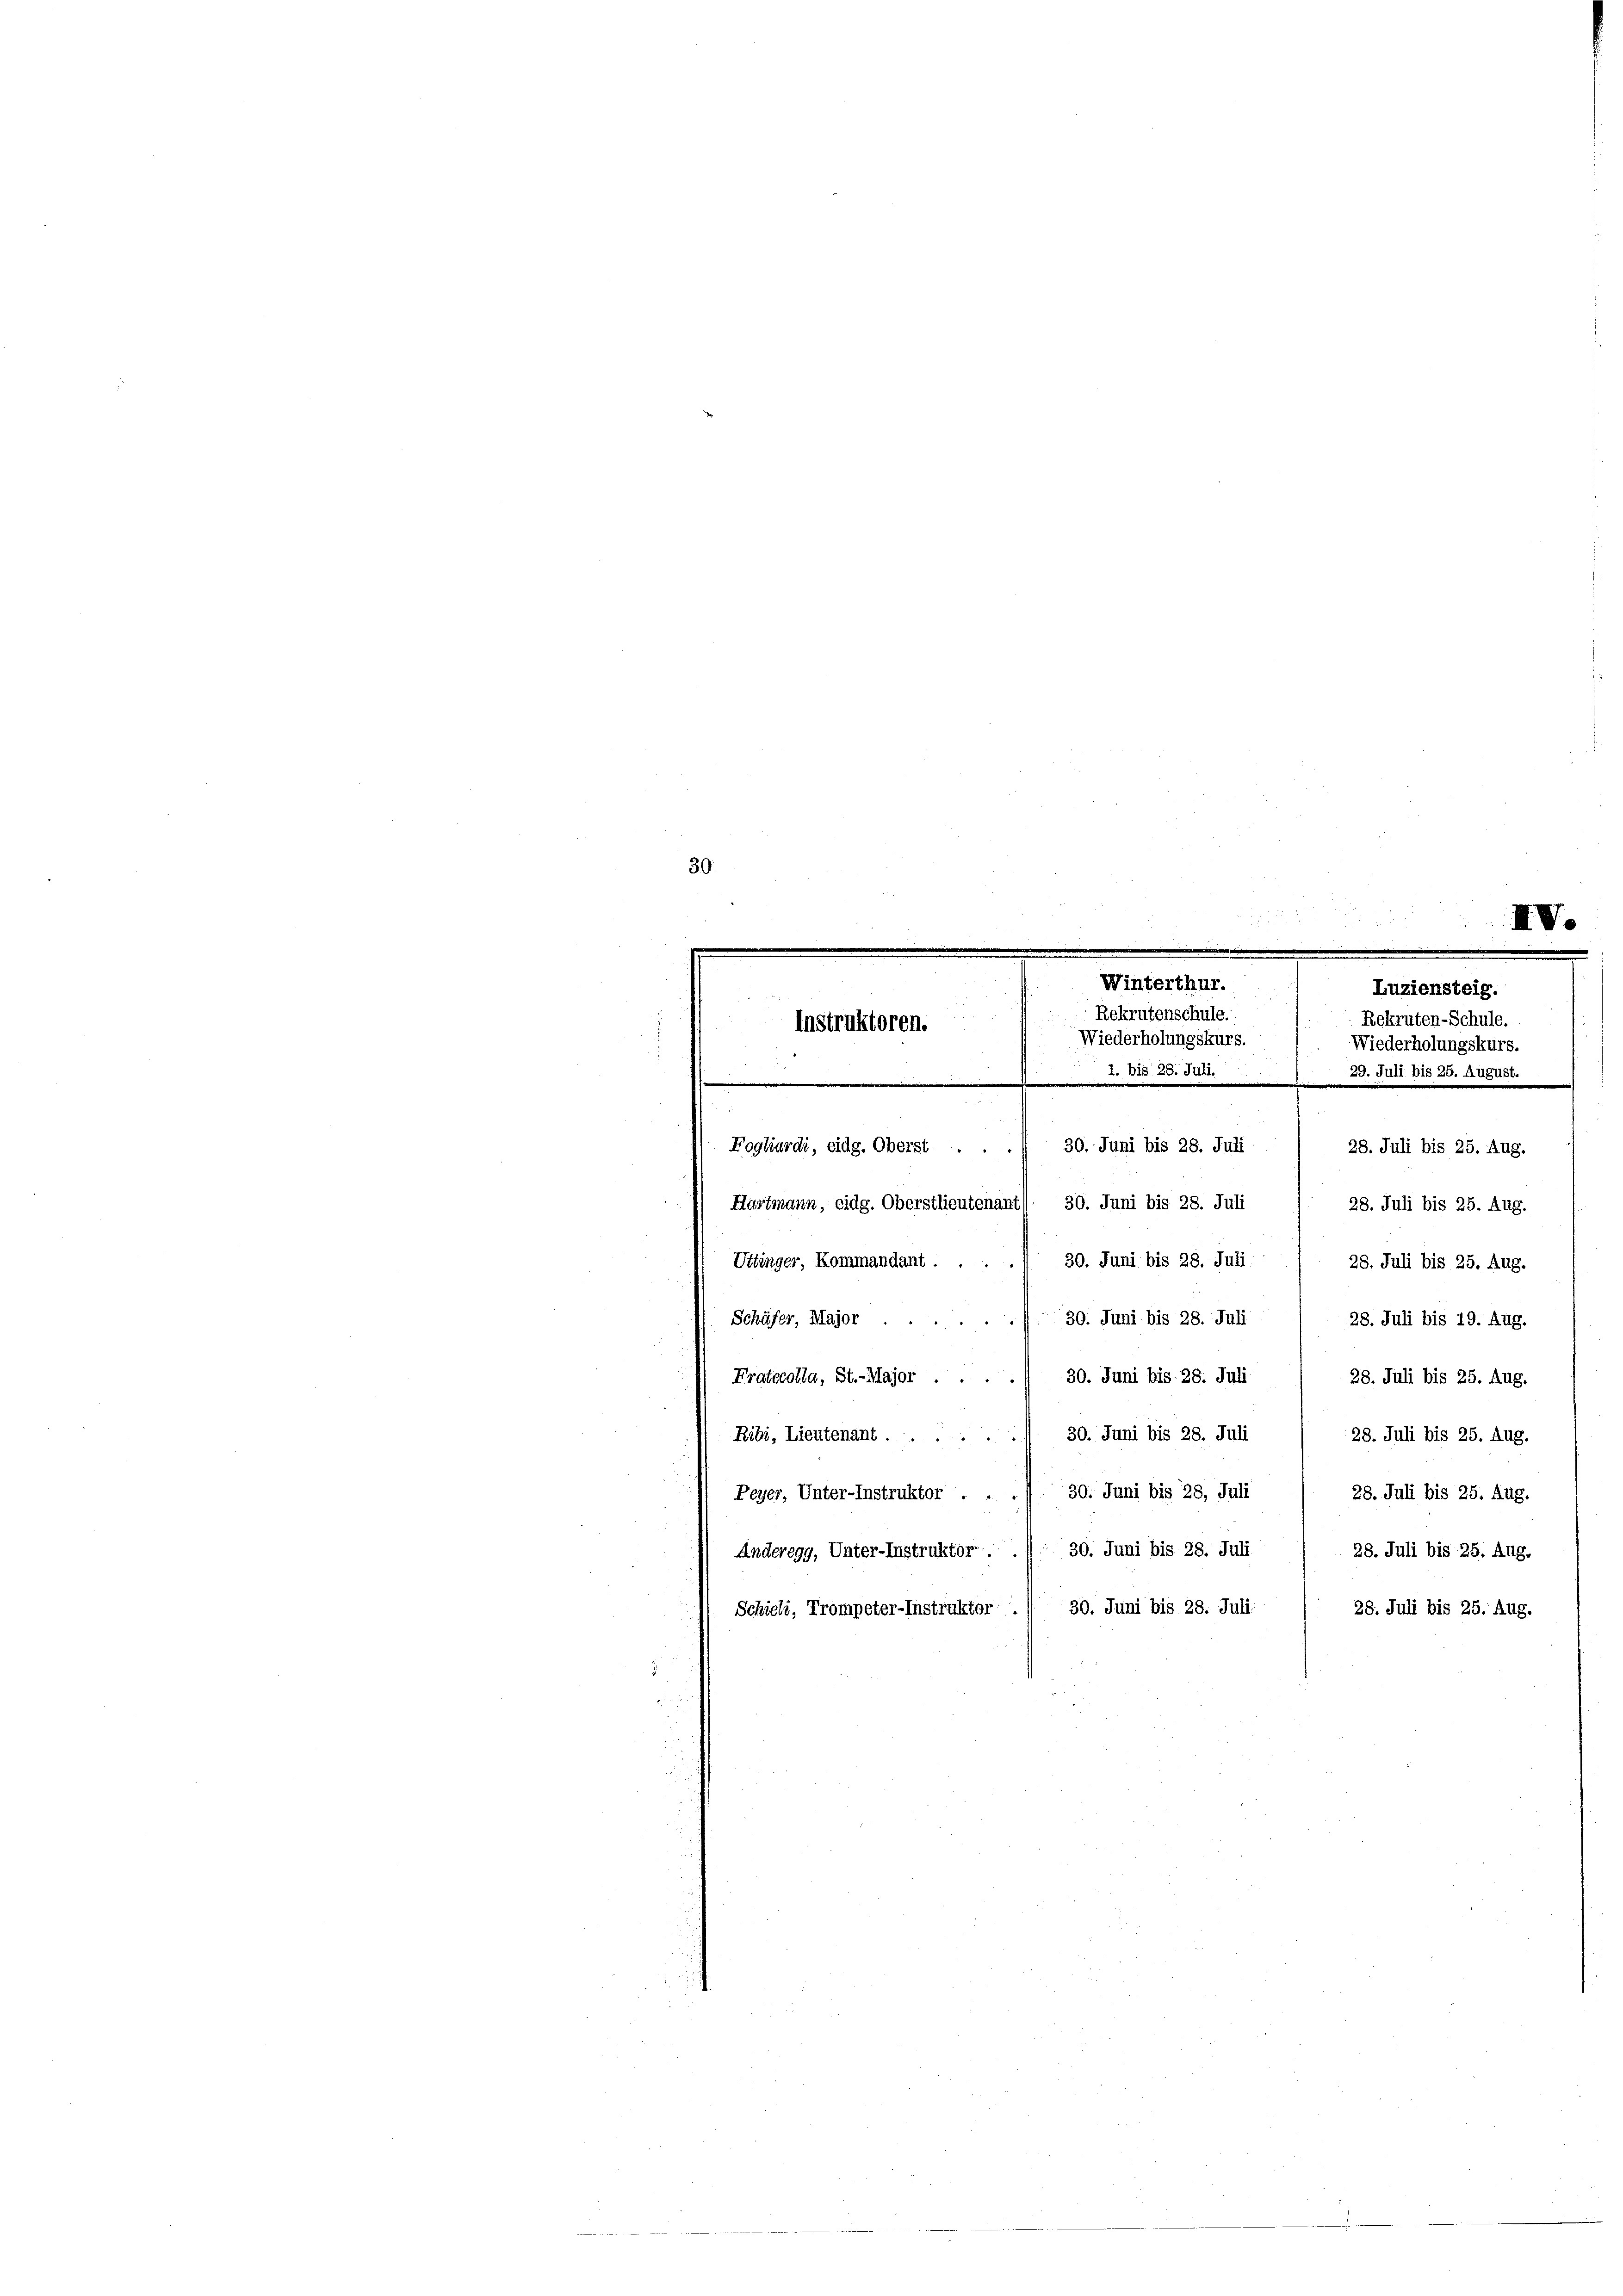
30.
¬
XIV
.
Winterthur.
Luziensteig.
Rekrutenschule.
Rekruten-Schule.
Instruktoren.
Wiederholungskurs.
Wiederholungskurs.
29. Juli bis 25. August.
1. bis 28. Juli.
e
30. Juni bis 28. Juli
Fogliardi, eidg. Oberst ...
28. Juli bis 25. Aug.
Hartmann, eidg. Oberstlieutenant/ 30. Juni bis 28. Juli 1 28. Juli bis 25. Aug.
Uttinger, Kommandant.
30. Juni bis 28. Juli 28. Juli bis 25. Aug.
30. Juni bis 28. Juli 28. Juli bis 19. Aug.
Schäfer, Major.
Fratecolla, St.-Major . . . . 30. Juni bis 28. Juli ( 28. Juli bis 25. Aug.
Ribi, Lieutenant ....... 30. Juni bis 28. Juli ( 28. Juli bis 25. Aug.
Peyer, Unter-Instruktor . . . 30. Juni bis 28, Juli / 28. Juli bis 25. Aug.
Anderegg, Unter-Instruktor . . 30. Juni bis 28. Juli / 28. Juli bis 25. Aug.
Schieli, Trompeter-Instruktor ./ 30. Juni bis 28. Juli:
28. Juli bis 25. Aug.